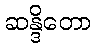
ဆန္ဒိတော